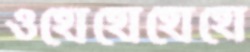
ওহোহোহোহো